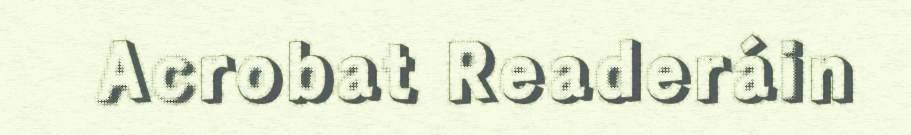
Acrobat Readeráin